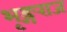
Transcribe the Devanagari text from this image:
भृङ्गराज